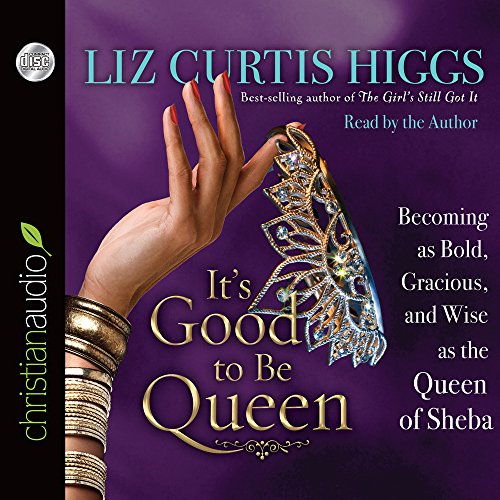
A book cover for It's Good to Be Queen: Becoming as Bold, Gracious, and Wise as the Queen of Sheba; Liz Curtis Higgs; Christian Books & Bibles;